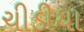
ચીડીયા